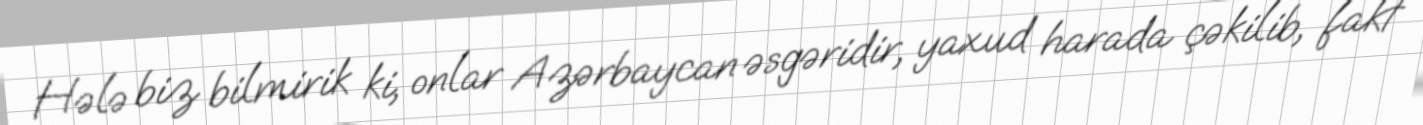
Hələ biz bilmirik ki, onlar Azərbaycan əsgəridir, yaxud harada çəkilib, fakt